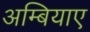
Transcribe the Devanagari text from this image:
अम्बियाए